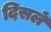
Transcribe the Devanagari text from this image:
दिसलें